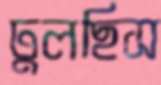
ঢুলছিস